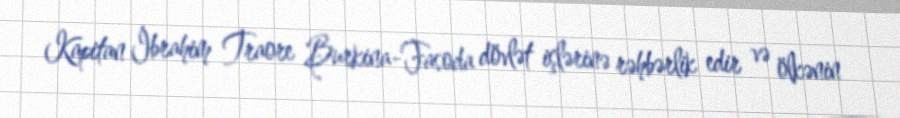
Kapitan İbrahim Traore Burkina-Fasoda dövlət işlərinə rəhbərlik edir və ölkənin